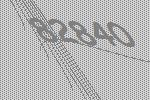
82840